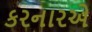
કરનારએ